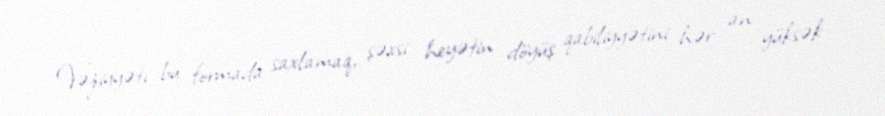
Vəziyyəti bu formada saxlamaq, şəxsi heyətin döyüş qabiliyyətini hər an yüksək